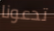
تدعونا